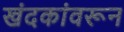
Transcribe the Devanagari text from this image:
खंदकांवरून